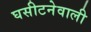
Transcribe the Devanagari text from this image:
घसीटनेवाली